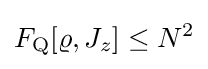
F_{\rm {Q}}[\varrho ,J_{z}]\leq N^{2}